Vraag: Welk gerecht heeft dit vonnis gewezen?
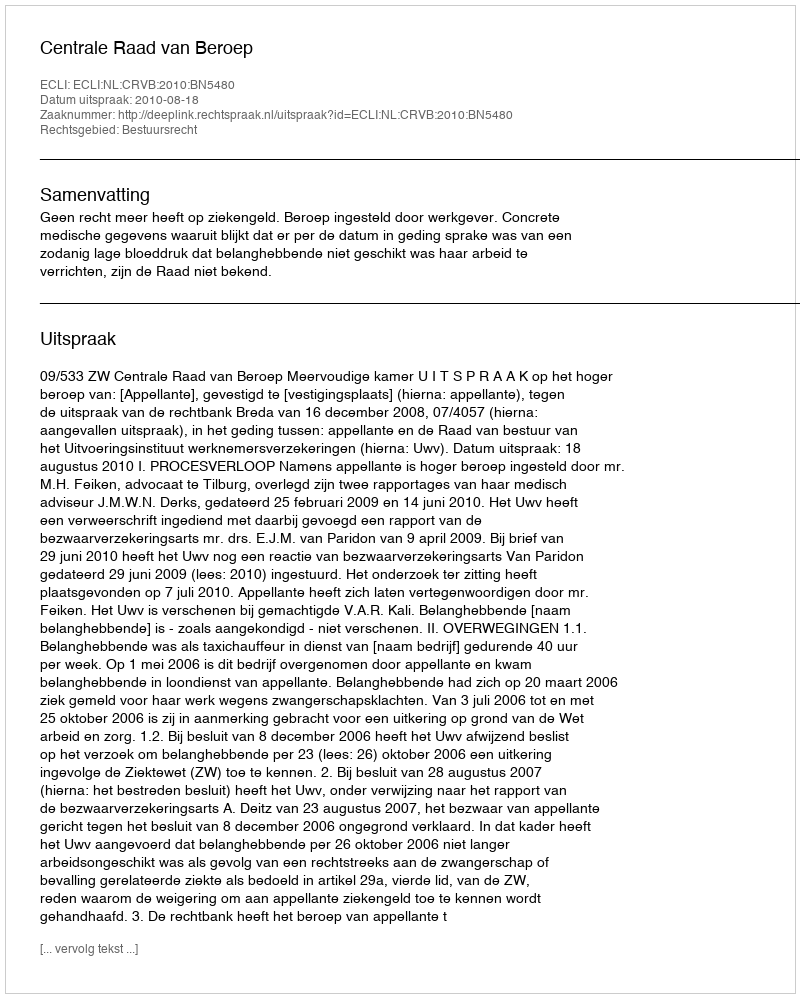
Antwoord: Centrale Raad van Beroep